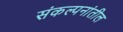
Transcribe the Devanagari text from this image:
संकल्पनांतील